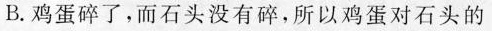
B.鸡蛋碎了，而石头没有碎，所以鸡蛋对石头